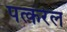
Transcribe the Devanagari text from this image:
पत्करेल